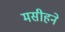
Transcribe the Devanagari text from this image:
मसीहने